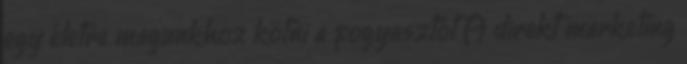
egy életre magunkhoz kötni a fogyasztót A direkt marketing